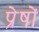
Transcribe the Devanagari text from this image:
प्रेषों